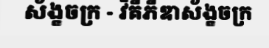
ស័ង្ខចក្រ - វិគីភីឌាស័ង្ខចក្រ